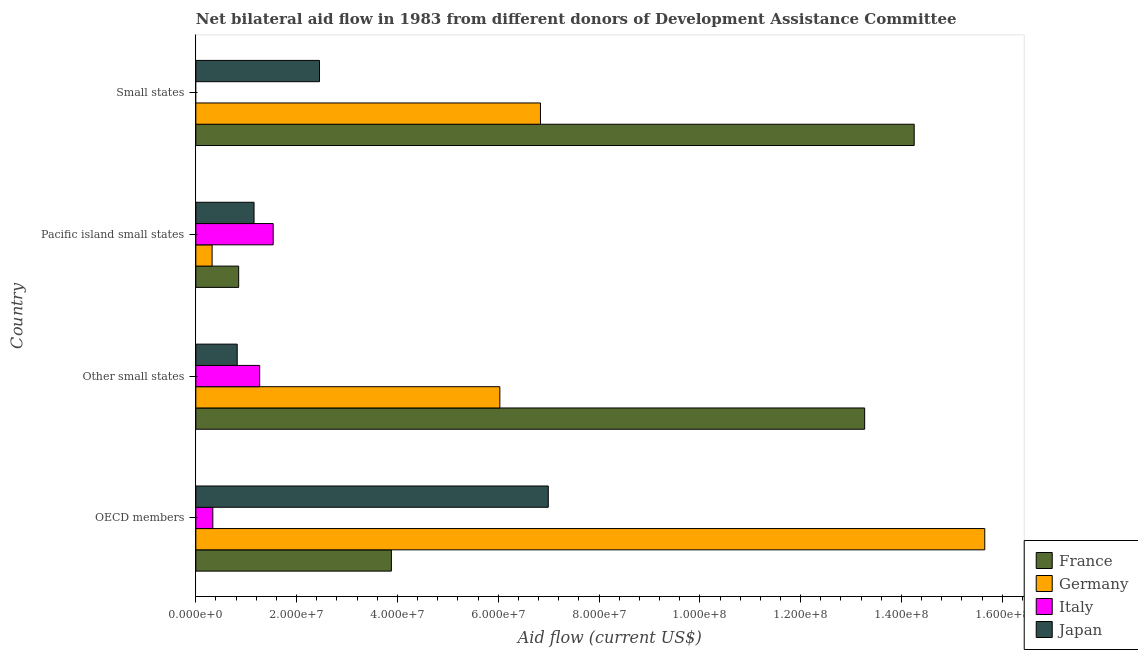
| Country | France | Germany | Italy | Japan |
 | --- | --- | --- | --- | --- |
 | OECD members | 3.88e+07 | 1.57e+08 | 3.37e+06 | 6.99e+07 |
 | Other small states | 1.33e+08 | 6.03e+07 | 1.27e+07 | 8.21e+06 |
 | Pacific island small states | 8.5e+06 | 3.23e+06 | 1.54e+07 | 1.16e+07 |
 | Small states | 1.43e+08 | 6.84e+07 | -4.4e+05 | 2.45e+07 |